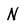
Character: N